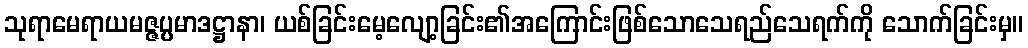
သုရာမေရာယမဇ္ဇပ္ပမာဒဋ္ဌာနာ၊ ယစ်ခြင်းမေ့လျော့ခြင်း၏အကြောင်းဖြစ်သောသေရည်သေရက်ကို သောက်ခြင်းမှ။